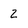
Character: 2